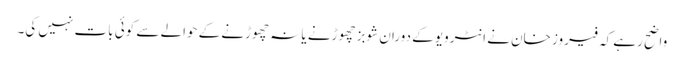
واضح رہے کہ فیروز خان نے انٹرویو کے دوران شوبز چھوڑنے یا نہ چھوڑنے کے حوالے سے کوئی بات نہیں کی۔